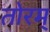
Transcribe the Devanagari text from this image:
तोरम्